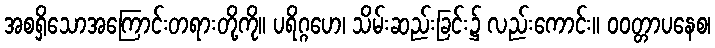
အစရှိသောအကြောင်းတရားတို့ကို။ ပရိဂ္ဂဟေ၊ သိမ်းဆည်းခြင်း၌ လည်းကောင်း။ ဝဝတ္တာပနေစ၊